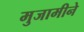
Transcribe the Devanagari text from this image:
मुजामीने